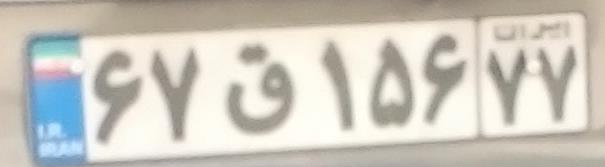
۶۷ق۱۵۶۷۷